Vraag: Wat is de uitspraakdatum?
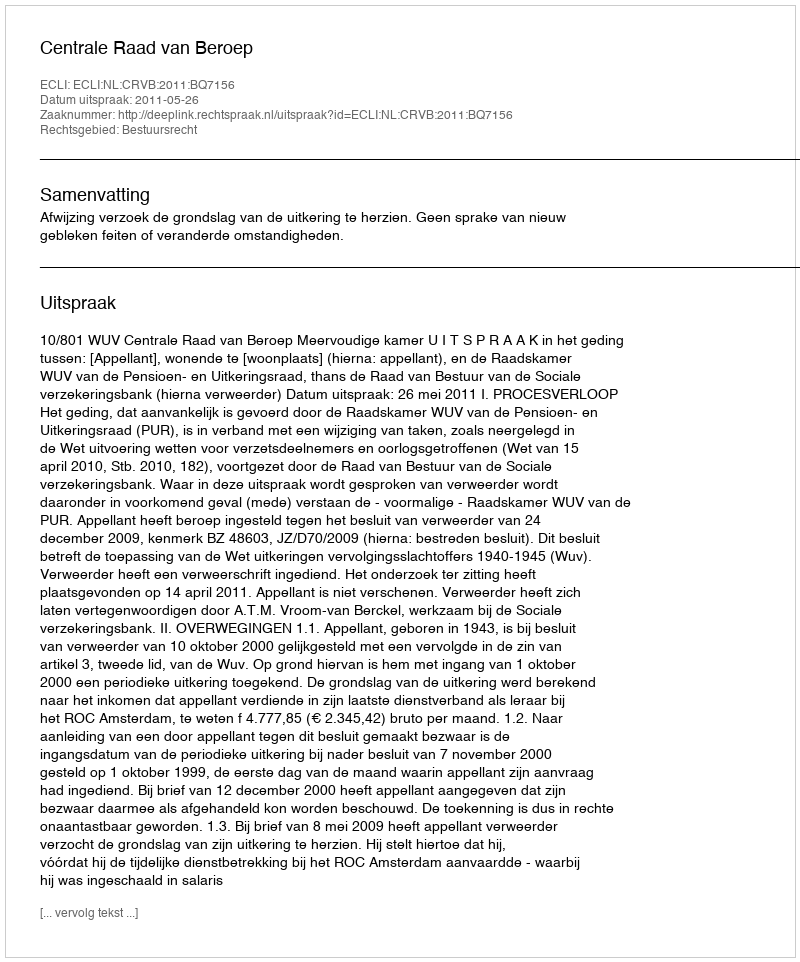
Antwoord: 2011-05-26